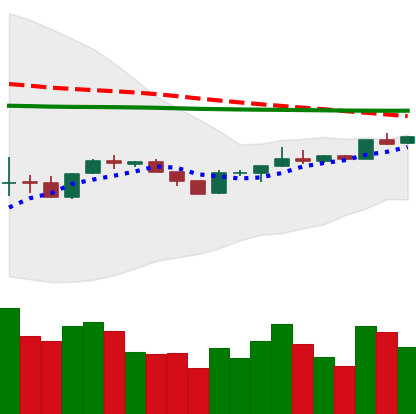
Ticker: BTC-USD
Chart end date: 2020-04-08
Forward return: -6.668%
Label: down_5_7